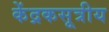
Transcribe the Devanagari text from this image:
केंद्रकसूत्रीय